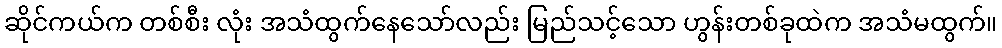
ဆိုင်ကယ်က တစ်စီး လုံး အသံထွက်နေသော်လည်း မြည်သင့်သော ဟွန်းတစ်ခုထဲက အသံမထွက်။